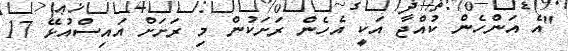
"އެ އަންހެން ކުއްޖާ އަކީ އެހެން ރަށަކުން މި ރަށަށް އައިސްއުޅޭ 17